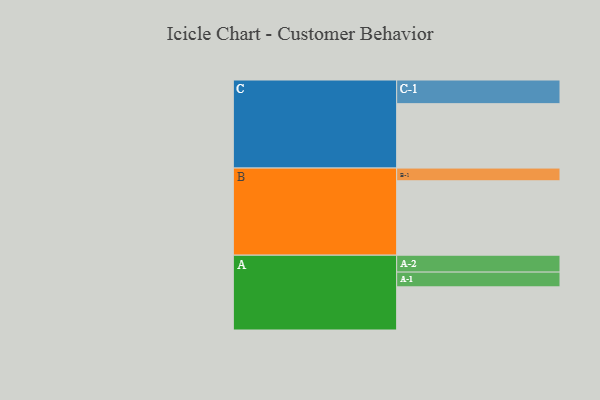
{"axis": {"x": "Segment", "y": "Value"}, "legend": ["", "A", "B", "C"], "data": [{"x": "A", "y": 319, "type": ""}, {"x": "B", "y": 550, "type": ""}, {"x": "C", "y": 476, "type": ""}, {"x": "A-1", "y": 109, "type": "A"}, {"x": "A-2", "y": 125, "type": "A"}, {"x": "B-1", "y": 94, "type": "B"}, {"x": "C-1", "y": 175, "type": "C"}]}